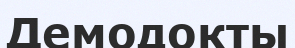
Демодокты